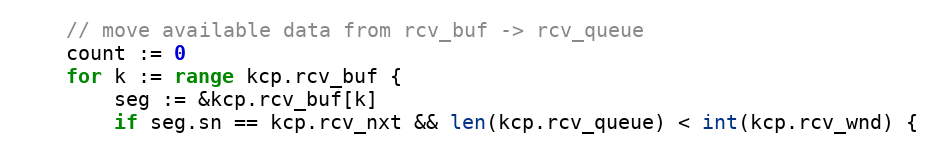
Language: Go
	// move available data from rcv_buf -> rcv_queue
	count := 0
	for k := range kcp.rcv_buf {
		seg := &kcp.rcv_buf[k]
		if seg.sn == kcp.rcv_nxt && len(kcp.rcv_queue) < int(kcp.rcv_wnd) {